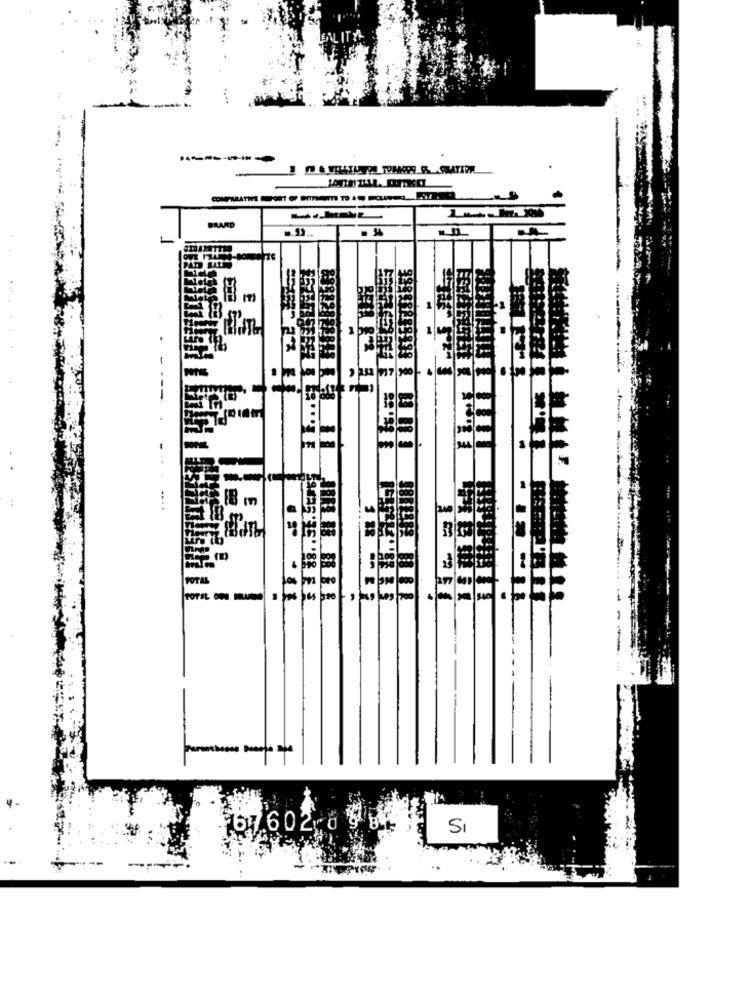
GAL IT
E
3
E
TOTAL ON MUITO
.